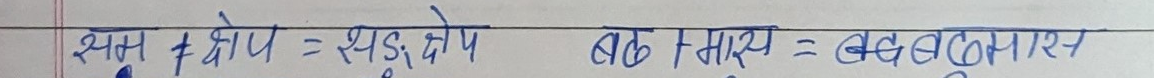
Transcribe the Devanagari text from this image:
स्पूस + क्षोप = सहु क्षोप
बहु F मायर = बहुभारय